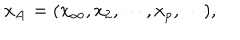
x _ { { \bf A } } = ( x _ { \infty } , x _ { 2 } , \cdots , x _ { p } , \cdots ) ,